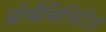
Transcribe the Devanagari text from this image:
प्रोबैबिलिटिज़